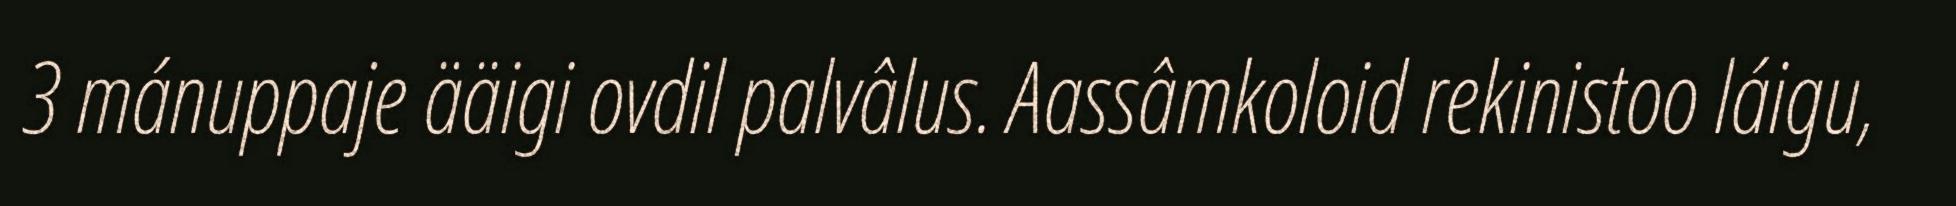
3 mánuppaje ääigi ovdil palvâlus. Aassâmkoloid rekinistoo láigu,